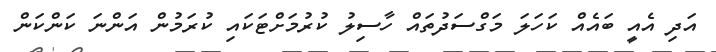
އަދި އެއީ ބައެއް ކަހަލަ މަގްސަދުތައް ހާސިލު ކުރުމަށްޓަކައި ކުރަމުން އަންނަ ކަންކަން